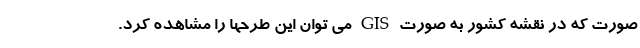
صورت که در نقشه کشور به صورت GIS می توان این طرحها را مشاهده کرد.